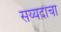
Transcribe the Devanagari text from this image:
सय्यदांचा